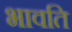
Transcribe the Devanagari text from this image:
भावति